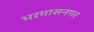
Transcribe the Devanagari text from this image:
भरमासनगर